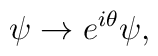
\psi \rightarrow e^{i\theta }\psi ,